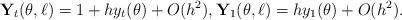
LaTeX: \begin{align*} {\mathbf Y}_t(\theta,\ell)= 1+ h y_t(\theta) +O(h^2), {\mathbf Y}_1(\theta,\ell)= h y_1(\theta) +O(h^2).\end{align*}